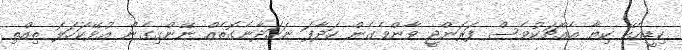
ކިޑީއެކޭ ކިޔާ އެއްޗަކުވެސް ފަރަންޖީ ވާންވެގެން ހަދާފަ ނަހަދާނެގޮތެއް ނޭންގިގެން އުޅޭކަހަލަ ތިއްތި